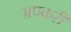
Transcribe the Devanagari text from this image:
अपकरी